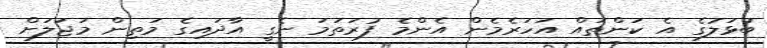
ބުޅަލުގެ އެ ކަންތައް އަހަރެމެން އެންމެ ފުރަތަމަ ނެގީ އާދައިގެ މަތިން މަޖަލަށް